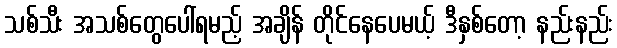
သစ်သီး အသစ်တွေပေါ်ရမည့် အချိန် တိုင်နေပေမယ့် ဒီနှစ်တော့ နည်းနည်း